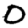
Digit: 0